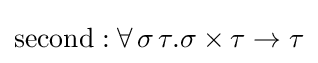
\mathrm {second} :\forall \,\sigma \,\tau .\sigma \times \tau \to \tau